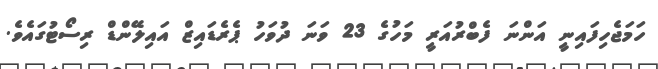
ހަމަޖެހިފައިނީ އަންނަ ފެބްރުއަރީ މަހުގެ 23 ވަނަ ދުވަހު ޕެރެޑައިޒް އައިލޭންޑް ރިސޯޓުގައެވެ.